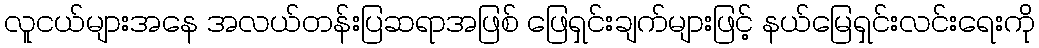
လူငယ်များအနေ အလယ်တန်းပြဆရာအဖြစ် ဖြေရှင်းချက်များဖြင့် နယ်မြေရှင်းလင်းရေးကို